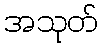
အသုတ်